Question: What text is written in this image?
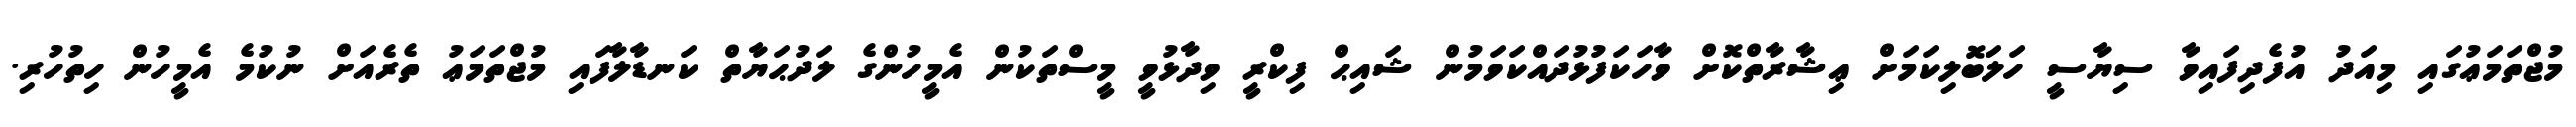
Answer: މުޖްތަމަޢުގައި މިއަދު އުފެދިފައިވާ ސިޔާސީ ހަލަބޮލިކަމަށް ޢިޝާރާތްކޮށް ވާހަކަފުޅުދައްކަވަމުން ޝައިޙް ފިކްރީ ވިދާޅުވީ މީސްތަކުން އެމީހުންގެ ލަދުޙަޔާތް ކަނޑާލާފައި މުޖްތަމަޢު ތެރެއަށް ނުކުމެ އެމީހުން ހިތުހުރި.